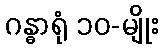
ဂန္ဓာရုံ ၁၀-မျိုး